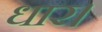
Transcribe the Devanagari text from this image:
धार।